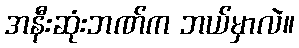
အနီးဆုံးဘဏ်က ဘယ်မှာလဲ။